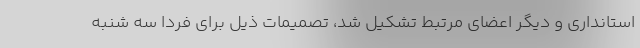
استانداری و دیگر اعضای مرتبط تشکیل شد، تصمیمات ذیل برای فردا سه شنبه